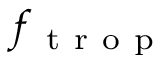
f _ { \mathrm { ~ t ~ r ~ o ~ p ~ } }